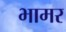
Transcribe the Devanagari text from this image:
भामर